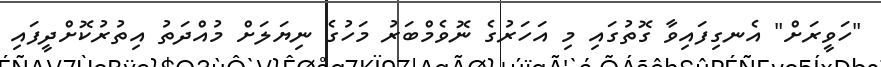
"ހަވީރަށް" އެނގިފައިވާ ގޮތުގައި މި އަހަރުގެ ނޮވެމްބަރު މަހުގެ ނިޔަލަށް މުއްދަތު އިތުރުކޮށްދީފައި